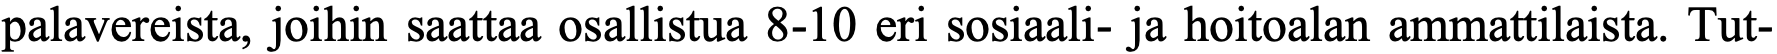
palavereista, joihin saattaa osallistua 8-10 eri sosiaali- ja hoitoalan ammattilaista. Tut-